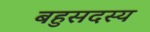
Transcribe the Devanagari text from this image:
बहुसदस्य